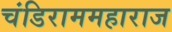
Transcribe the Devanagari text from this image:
चंडिराममहाराज